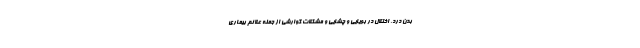
بدن درد، اختلال در بویایی و چشایی و مشکلات گوارشی از جمله علائم بیماری